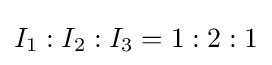
I_{1}:I_{2}:I_{3}=1:2:1